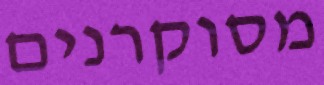
מסוקרנים